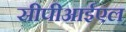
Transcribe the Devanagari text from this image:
सीपीआईएल